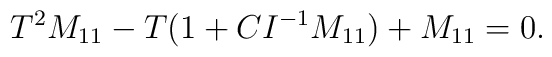
T^{2}M_{11}-T(1+CI^{-1}M_{11})+M_{11}=0.